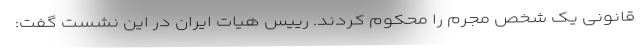
قانونی یک شخص مجرم را محکوم کردند. رییس هیات ایران در این نشست گفت: